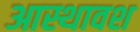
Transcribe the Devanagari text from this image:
आस्थावश